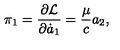
\pi _ { 1 } = { \frac { \partial { \cal L } } { \partial \dot { a } _ { 1 } } } = { \frac { \mu } { c } } a _ { 2 } ,